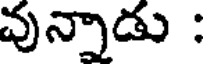
వున్నాడు :